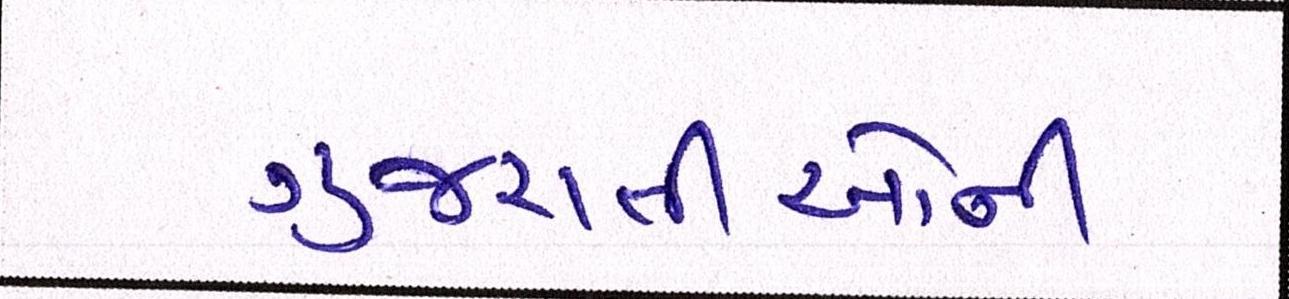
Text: ગુજરાતીઓની